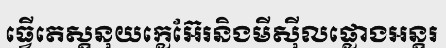
ធ្វើតេស្តនុយក្លេអ៊ែរនិងមីស៊ីលផ្លោងអន្តរ